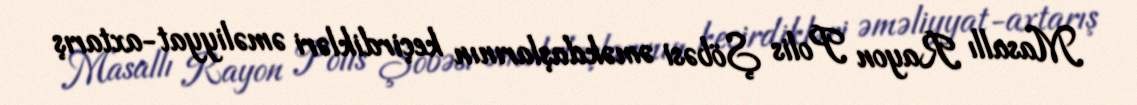
Masallı Rayon Polis Şöbəsi əməkdaşlarının keçirdikləri əməliyyat-axtarış